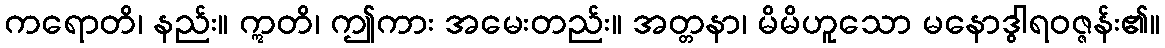
ကရောတိ၊ နည်း။ ဣတိ၊ ဤကား အမေးတည်း။ အတ္တနာ၊ မိမိဟူသော မနောဒွါရဝဇ္ဇန်း၏။